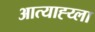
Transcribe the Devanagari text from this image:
आत्याह्य्ला